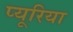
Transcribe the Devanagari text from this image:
प्यूरिया